Lunatic asylums Burma 1907-21 - 1907-1921
Year: 1907
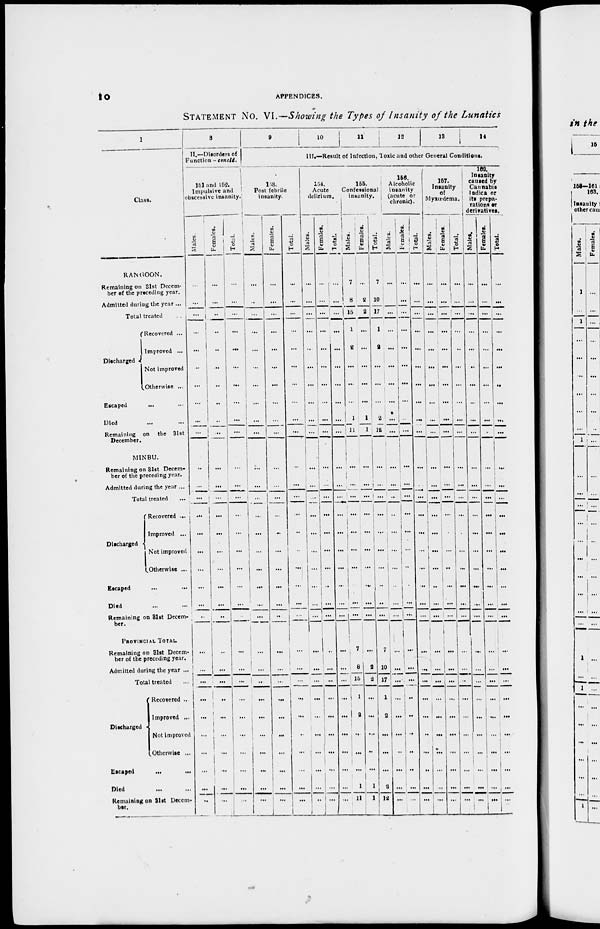
10
APPENDICES.
STATEMENT No. VI.—Showing the Types of Insanity of the Lunatics
1
Class.
RANGOON.
Remaining on 31st Decem-
ber of the preceding year.
Admitted during the year ...
Total treated ...
Discharged
Recovered ...
Improved ...
Not improved
Otherwise ...
Escaped ... ...
Died ... ...
Remaining on the 31st
December.
MINBU.
Remaining on 31st Decem-
ber of the preceding year.
Admitted during the year ...
Total treated ...
Discharged
Recovered ...
Improved ...
Not improved
Otherwise ...
Escaped ... ...
Died ... ...
Remaining on 31st Decem¬
ber.
PROVINCIAL TOTAL.
Remaining on 31st Decem¬
ber of the preceding year.
Admitted during the year ...
Total treated ...
Discharged
Recovered ...
Improved ...
Not improved
Otherwise ...
Escaped
... ...
Died ... ...
Remaining on 31st Decem¬
ber.
8
11.—Disorders of
Function -concld.
151 and 152.
Impulsive and
obscessive insanity.
Males
...
...
...
...
...
...
...
...
...
...
...
...
...
...
...
...
...
...
...
...
...
...
...
...
...
...
...
...
...
...
Females.
...
...
...
..
...
...
...
...
...
...
...
...
...
...
...
...
...
...
...
...
...
...
...
...
...
...
...
...
...
...
Total.
...
...
...
...
...
...
...
...
...
...
...
...
...
...
...
...
...
...
...
...
...
...
...
...
...
...
...
...
...
...
9
10
1 1 12
13
14
III.—Result of Infection, Toxic and other General Conditions.
153.
Post febrile
insanity.
Males.
...
...
...
...
...
...
...
...
...
...
...
...
...
...
...
...
...
...
...
...
...
...
...
...
...
...
...
...
...
...
Females.
...
...
...
...
...
...
...
...
...
...
...
...
...
...
...
...
...
...
...
...
...
...
...
...
...
...
...
...
...
...
Total.
...
...
...
...
...
...
...
...
...
...
...
...
...
...
...
...
...
...
...
...
...
...
...
...
...
...
...
...
...
...
154.
Acute
delirium.
Males.
...
...
...
...
...
...
...
...
...
...
...
...
...
...
...
...
...
...
...
...
...
...
...
...
...
...
...
...
...
...
Females.
...
...
...
...
...
...
...
...
...
...
...
...
...
...
...
...
...
...
...
...
...
...
...
...
...
...
...
...
...
...
Total.
...
...
...
...
...
...
...
...
...
...
...
...
...
...
...
...
...
...
...
...
...
...
...
...
...
...
...
...
...
...
155.
Confessional
insanity.
Males.
7
8
15
1
2
...
...
...
1
11
...
...
...
...
...
...
...
...
...
...
7
8
15
1
2
...
...
...
1
11
Females.
...
2
2
...
...
...
...
...
1
1
...
...
...
...
...
...
...
...
...
...
...
2
2
...
...
...
...
...
1
1
Total.
7
10
17
1
2
...
...
...
2
12
...
...
...
...
...
...
...
...
...
...
7
10
17
1
2
...
...
...
2
12
156.
Alcoholic
insanity
(acute or
chronic).
Males.
...
...
...
...
...
...
...
...
...
...
...
...
...
...
...
...
...
...
...
...
...
...
...
...
...
...
...
...
...
...
Females.
...
...
...
...
...
...
...
...
...
...
...
...
...
...
...
...
...
...
...
...
...
...
...
...
...
...
...
...
...
...
Total.
...
...
...
...
...
...
...
...
...
...
...
...
...
...
...
...
...
...
...
...
...
...
...
...
...
...
...
...
...
157.
Insanity
of
Myxœdema.
Males.
...
...
...
...
...
...
...
...
...
...
...
...
...
...
...
...
...
...
...
...
...
...
...
...
...
...
...
...
...
...
Females.
...
...
...
...
...
...
...
...
...
...
...
...
...
...
...
...
...
...
...
...
...
...
...
...
...
...
...
...
...
...
Total.
...
...
...
...
...
...
...
...
...
...
...
...
...
...
...
...
...
...
...
...
...
...
...
...
...
...
...
...
...
...
162.
Insanity
caused by
Cannabis
Indica or
its prepa-
rations or
derivatives.
Males.
...
...
...
...
...
...
...
...
...
...
...
...
...
...
...
...
...
...
...
...
...
...
...
...
...
...
...
...
...
...
Females.
...
...
...
...
...
...
...
...
...
...
...
...
...
...
...
...
...
...
...
...
...
...
...
...
...
...
...
...
...
...
Total.
...
...
...
...
...
...
...
...
...
...
...
...
...
...
...
...
...
...
...
...
...
...
...
...
...
...
...
...
...
...